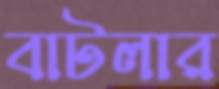
বাটলার